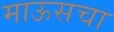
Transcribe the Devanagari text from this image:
माऊसचा